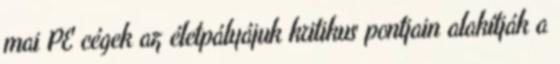
mai PE cégek az életpályájuk kritikus pontjain alakítják a